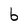
Character: b